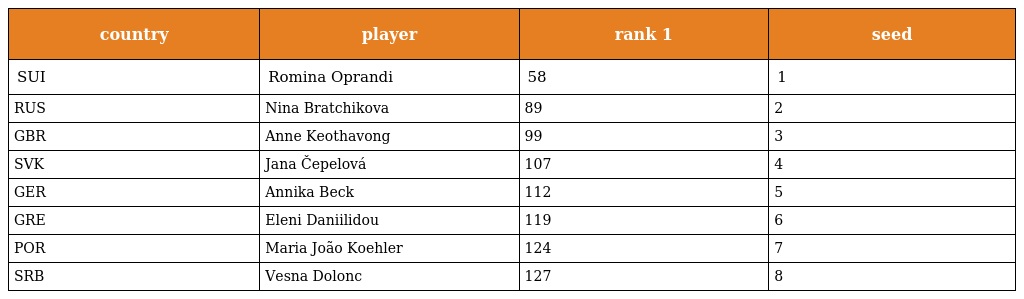
| country | player | rank 1 | seed |
 | --- | --- | --- | --- |
 | SUI | Romina Oprandi | 58 | 1 |
 | RUS | Nina Bratchikova | 89 | 2 |
 | GBR | Anne Keothavong | 99 | 3 |
 | SVK | Jana Čepelová | 107 | 4 |
 | GER | Annika Beck | 112 | 5 |
 | GRE | Eleni Daniilidou | 119 | 6 |
 | POR | Maria João Koehler | 124 | 7 |
 | SRB | Vesna Dolonc | 127 | 8 |